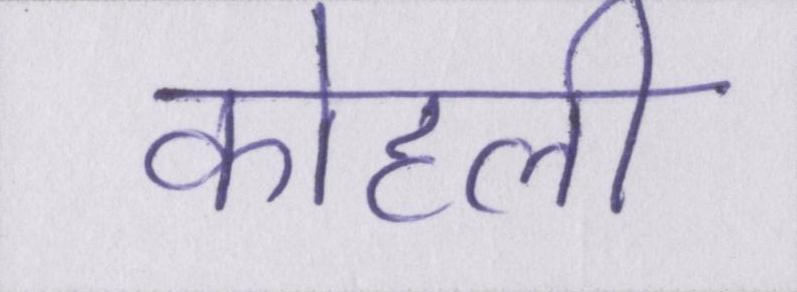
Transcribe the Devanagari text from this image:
कोहली